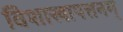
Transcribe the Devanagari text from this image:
विशाखापत्तनम्‌